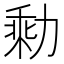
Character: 𰀭